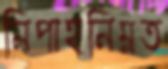
নিপাহনিম্নত